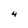
Character: 4